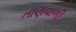
તાણવાળી